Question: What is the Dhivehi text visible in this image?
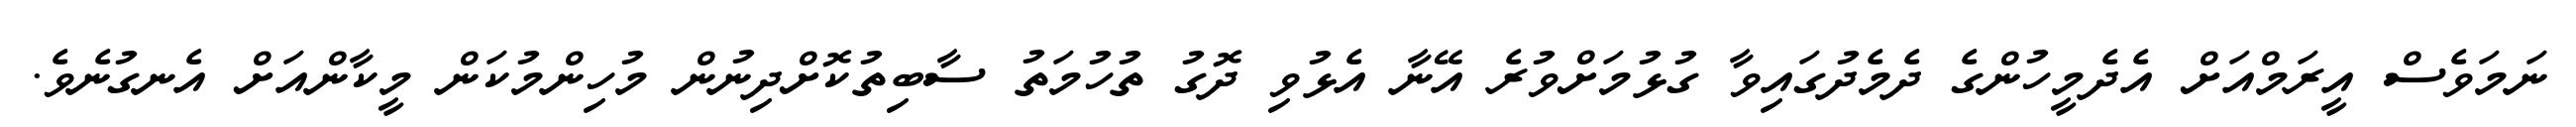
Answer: ނަމަވެސް އީރަމްއަށް އެދެމީހުންގެ ދެމެދުގައިވާ ގުޅުމަށްވުރެ އޭނާ އެޅުވި ދޮގު ތުހުމަތު ސާބިތުކޮށްދިނުން މުހިންމުކަން މީކާންއަށް އެނގުނެވެ.